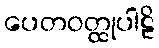
ပေတဝတ္ထုပါဠိ